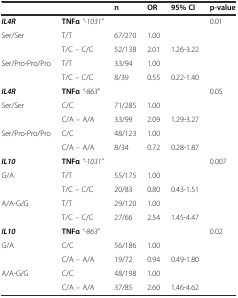
<table><thead><tr><td></td><td></td><td><b>n</b></td><td><b>OR</b></td><td><b>95% CI</b></td><td><b>p-value</b></td></tr></thead><tbody><tr><td><b><i>IL4R</i></b></td><td><b>TNFα</b><i>“-1031”</i></td><td></td><td></td><td></td><td>0.01</td></tr><tr><td>Ser/Ser</td><td>T/T</td><td>67/270</td><td>1.00</td><td></td><td></td></tr><tr><td></td><td>T/C – C/C</td><td>52/138</td><td>2.01</td><td>1.26-3.22</td><td></td></tr><tr><td>Ser/Pro-Pro/Pro</td><td>T/T</td><td>33/94</td><td>1.00</td><td></td><td></td></tr><tr><td></td><td>T/C – C/C</td><td>8/39</td><td>0.55</td><td>0.22-1.40</td><td></td></tr><tr><td><b><i>IL4R</i></b></td><td><b>TNFα</b><i>“-863</i>”</td><td></td><td></td><td></td><td>0.05</td></tr><tr><td>Ser/Ser</td><td>C/C</td><td>71/285</td><td>1.00</td><td></td><td></td></tr><tr><td></td><td>C/A – A/A</td><td>33/99</td><td>2.09</td><td>1.29-3.27</td><td></td></tr><tr><td>Ser/Pro-Pro/Pro</td><td>C/C</td><td>48/123</td><td>1.00</td><td></td><td></td></tr><tr><td></td><td>C/A – A/A</td><td>8/34</td><td>0.72</td><td>0.28-1.87</td><td></td></tr><tr><td><b><i>IL10</i></b></td><td><b>TNFα</b><i>“-1031”</i></td><td></td><td></td><td></td><td>0.007</td></tr><tr><td>G/A</td><td>T/T</td><td>55/175</td><td>1.00</td><td></td><td></td></tr><tr><td></td><td>T/C – C/C</td><td>20/83</td><td>0.80</td><td>0.43-1.51</td><td></td></tr><tr><td>A/A-G/G</td><td>T/T</td><td>29/120</td><td>1.00</td><td></td><td></td></tr><tr><td></td><td>T/C – C/C</td><td>27/66</td><td>2.54</td><td>1.45-4.47</td><td></td></tr><tr><td><b><i>IL10</i></b></td><td><b>TNFα</b><i>“-863</i>”</td><td></td><td></td><td></td><td>0.02</td></tr><tr><td>G/A</td><td>C/C</td><td>56/186</td><td>1.00</td><td></td><td></td></tr><tr><td></td><td>C/A – A/A</td><td>19/72</td><td>0.94</td><td>0.49-1.80</td><td></td></tr><tr><td>A/A-G/G</td><td>C/C</td><td>48/198</td><td>1.00</td><td></td><td></td></tr><tr><td></td><td>C/A – A/A</td><td>37/85</td><td>2.60</td><td>1.46-4.62</td><td></td></tr></tbody></table>